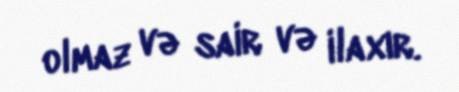
olmaz və sair və ilaxır.